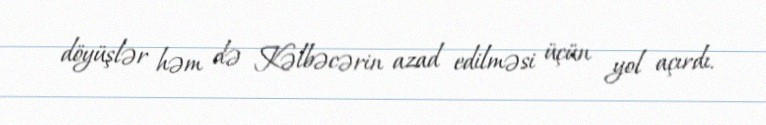
döyüşlər həm də Kəlbəcərin azad edilməsi üçün yol açırdı.